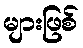
များဖြစ်